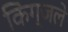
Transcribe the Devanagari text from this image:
किंग्जले